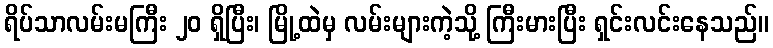
ရိပ်သာလမ်းမကြီး ၂၀ ရှိပြီး၊ မြို့ထဲမှ လမ်းများကဲ့သို့ ကြီးမားပြီး ရှင်းလင်းနေသည်။